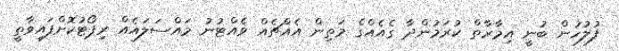
ފުލުހުން ބުނީ އިމާރާތް ކުރަމުންދާ ގެއެއްގެ މަތިން އެއްޗެއް ވެއްޓުނު މައްސަލައެއް ރިޕޯޓުކޮށްފައިވާތީ